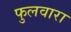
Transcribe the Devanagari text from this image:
फुलवारा